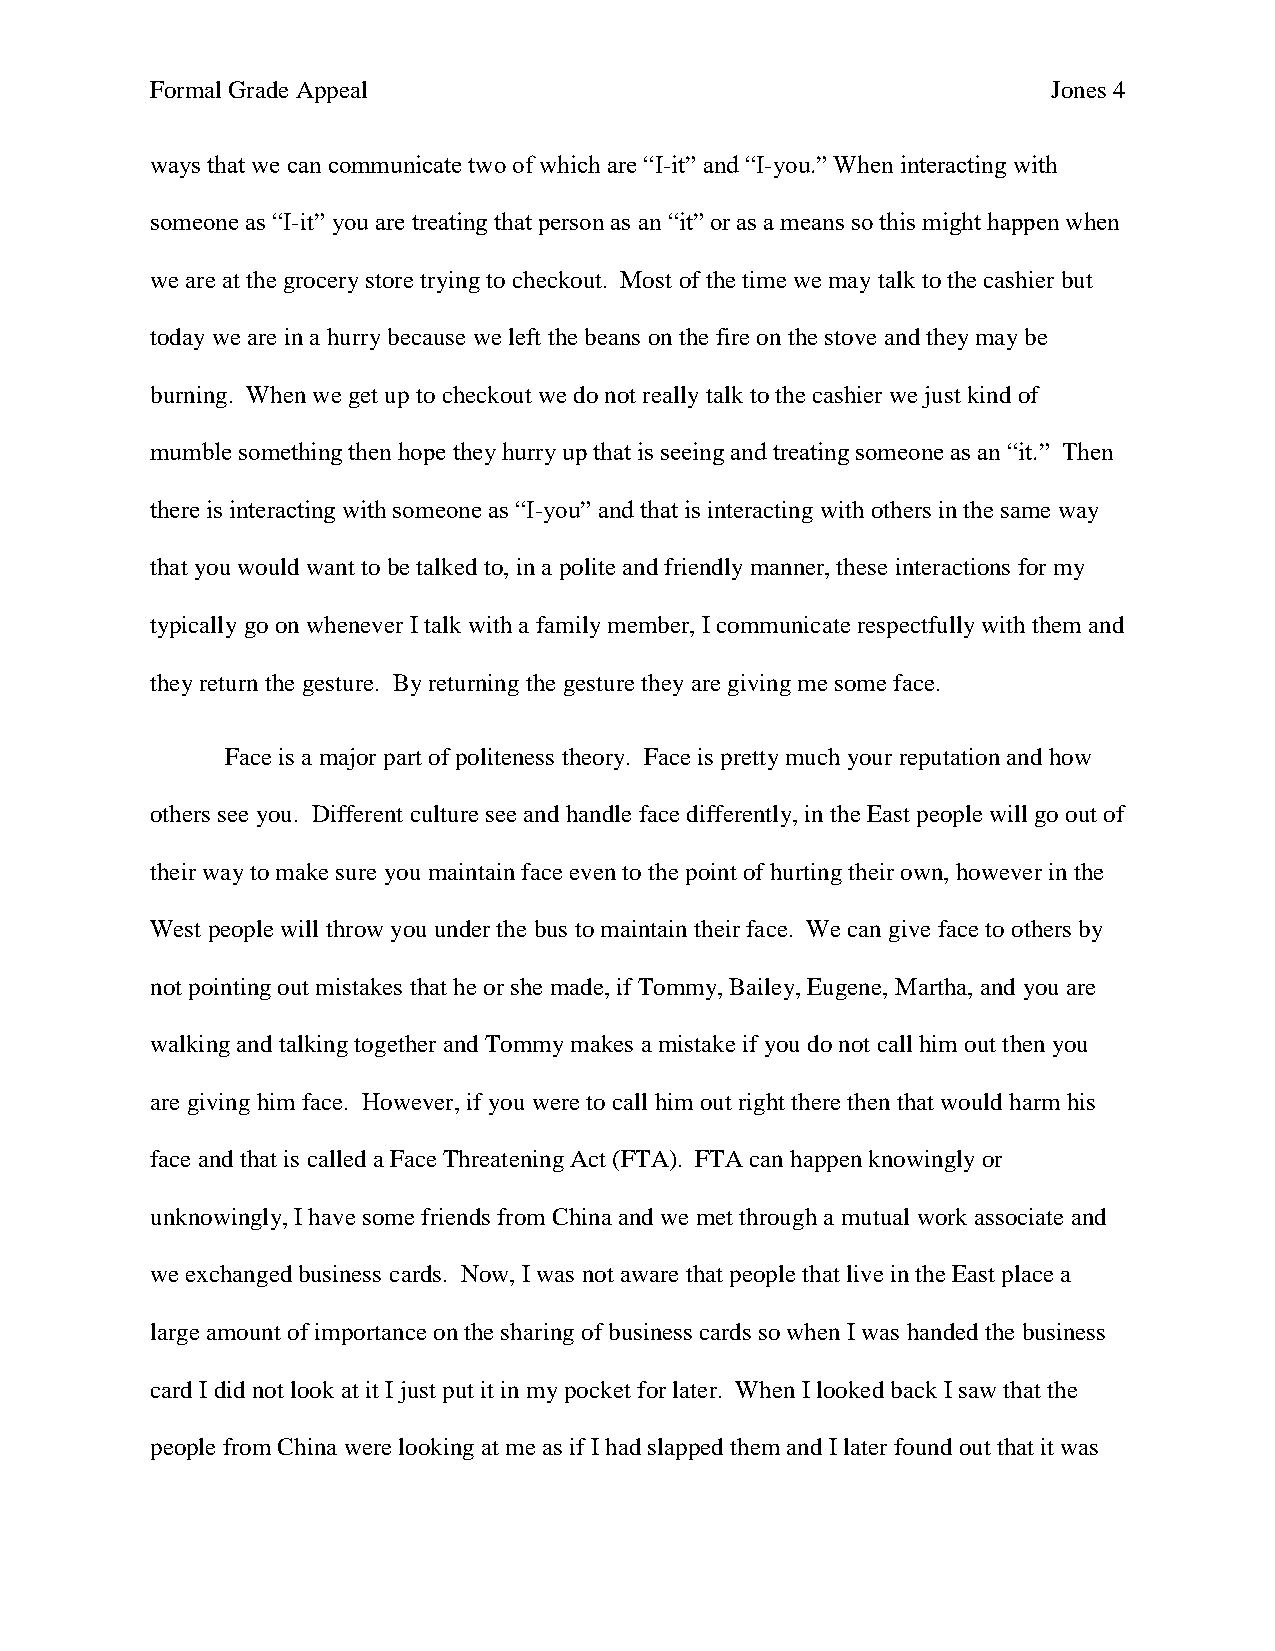
Formal Grade Appeal                                         Jones 4
 ways that we can communicate two of which are “I-it” and “I-you.” When interacting with
 someone as “I-it” you are treating that person as an “it” or as a means so this might happen when
 we are at the grocery store trying to checkout. Most of the time we may talk to the cashier but
 today we are in a hurry because we left the beans on the fire on the stove and they may be
 burning. When we get up to checkout we do not really talk to the cashier we just kind of
 mumble something then hope they hurry up that is seeing and treating someone as an “it.” Then
 there is interacting with someone as “I-you” and that is interacting with others in the same way
 that you would want to be talked to, in a polite and friendly manner, these interactions for my
 typically go on whenever I talk with a family member, I communicate respectfully with them and
 they return the gesture. By returning the gesture they are giving me some face.
 Face is a major part of politeness theory. Face is pretty much your reputation and how
 others see you. Different culture see and handle face differently, in the East people will go out of
 their way to make sure you maintain face even to the point of hurting their own, however in the
 West people will throw you under the bus to maintain their face. We can give face to others by
 not pointing out mistakes that he or she made, if Tommy, Bailey, Eugene, Martha, and you are
 walking and talking together and Tommy makes a mistake if you do not call him out then you
 are giving him face. However, if you were to call him out right there then that would harm his
 face and that is called a Face Threatening Act (FTA). FTA can happen knowingly or
 unknowingly, I have some friends from China and we met through a mutual work associate and
 we exchanged business cards. Now, I was not aware that people that live in the East place a
 large amount of importance on the sharing of business cards so when I was handed the business
 card I did not look at it I just put it in my pocket for later. When I looked back I saw that the
 people from China were looking at me as if I had slapped them and I later found out that it was